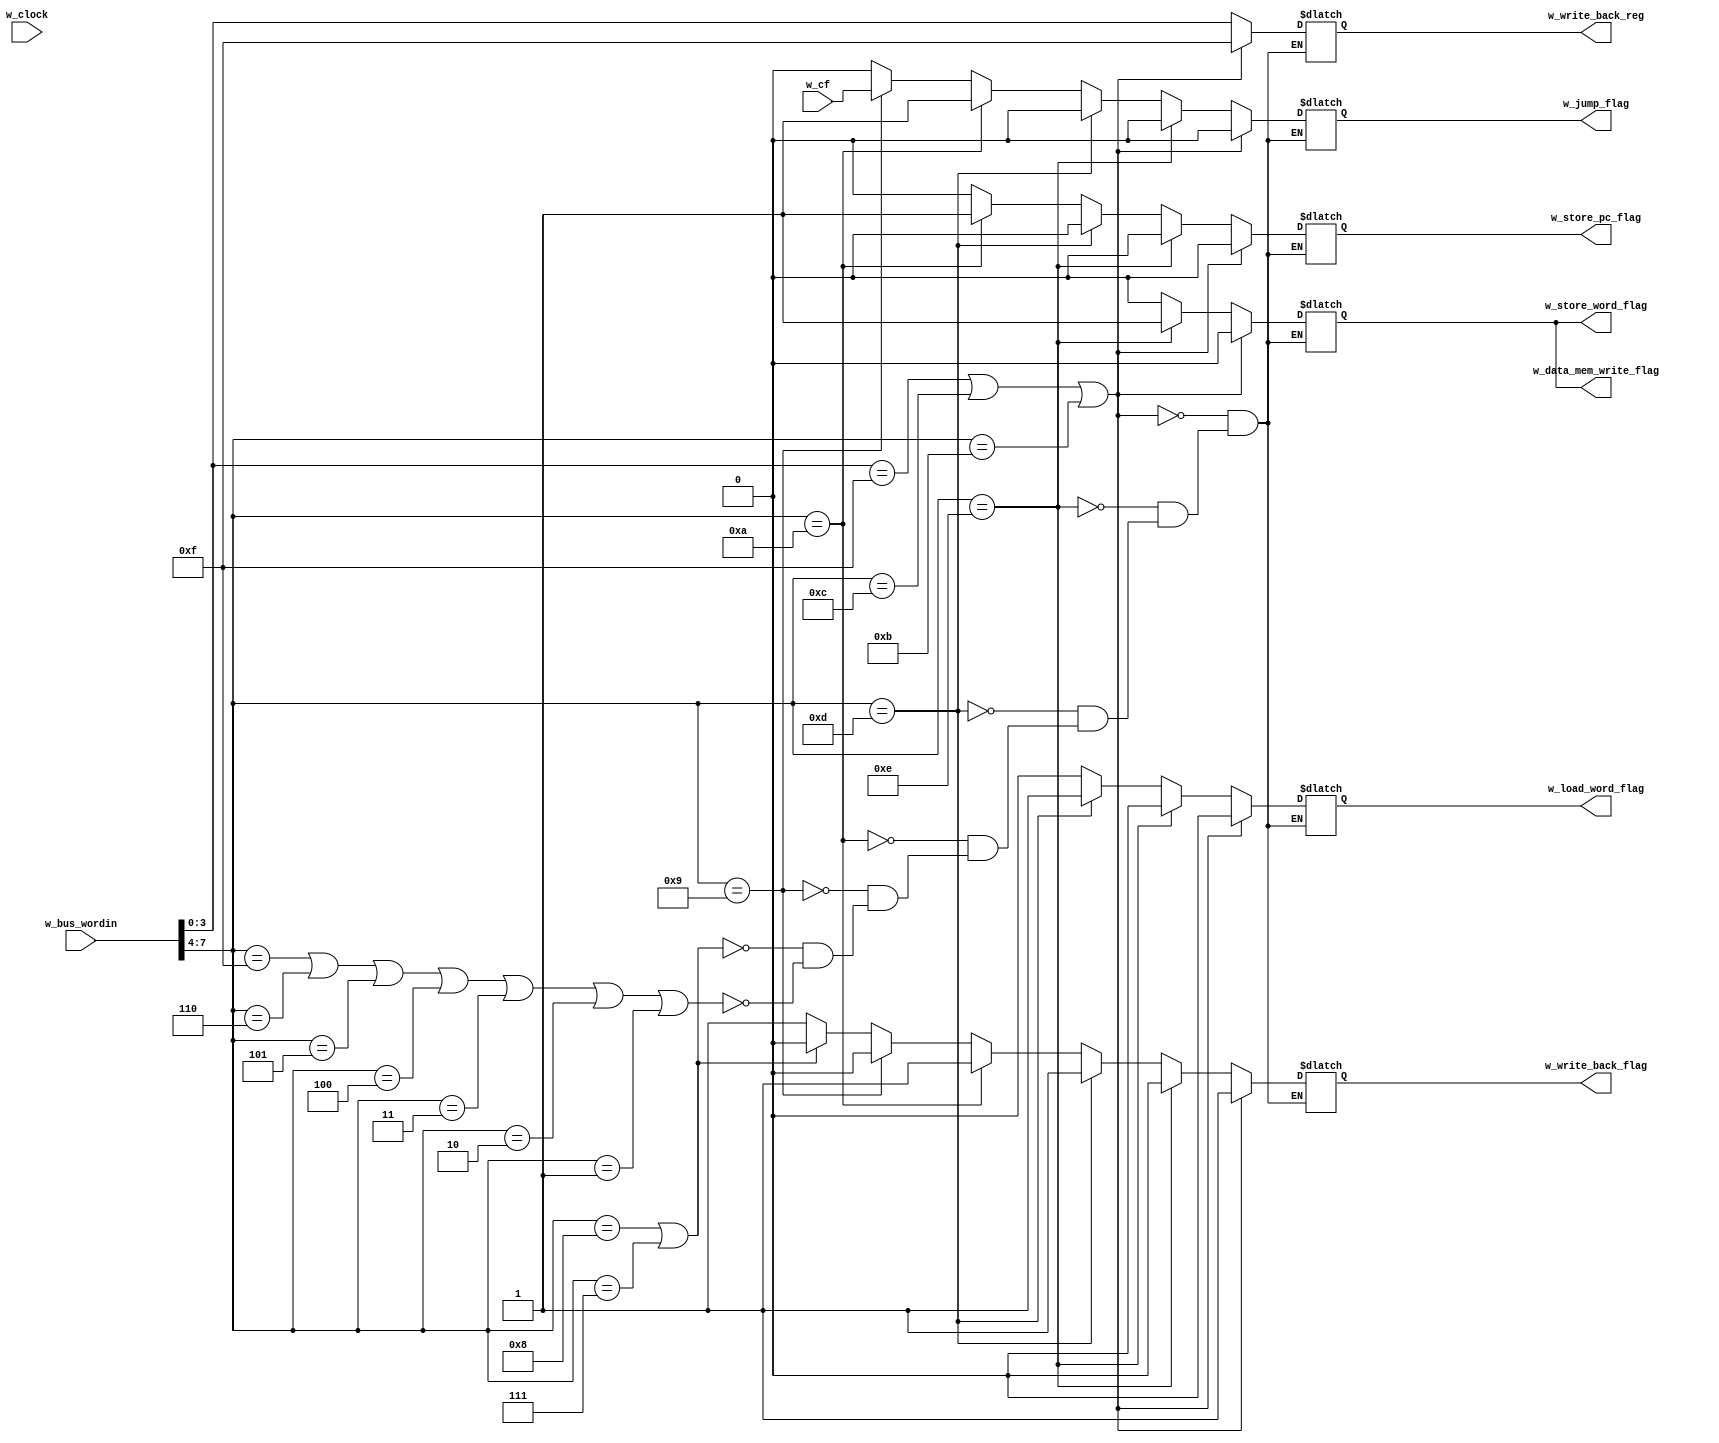
module m_instruction_logic_unit (w_jump_flag, w_data_mem_write_flag, w_store_word_flag, w_store_pc_flag, w_load_word_flag, w_write_back_flag, w_write_back_reg, w_bus_wordin, w_cf, w_clock);
	output w_jump_flag, w_data_mem_write_flag, w_store_word_flag, w_store_pc_flag, w_load_word_flag, w_write_back_flag;
	output [3:0]  w_write_back_reg;
	input w_cf, w_clock;
	input [7:0] w_bus_wordin;
	reg r_jump_flag, r_data_mem_write_flag, r_store_word_flag, r_store_pc_flag, r_load_word_flag, r_write_back_flag;
	reg [3:0] r_write_back_reg;


	assign w_jump_flag = r_jump_flag;
	assign w_data_mem_write_flag = r_data_mem_write_flag;
	assign w_store_word_flag = r_store_word_flag;
	assign w_store_pc_flag = r_store_pc_flag;
	assign w_load_word_flag = r_load_word_flag;
	assign w_write_back_flag = r_write_back_flag;
	assign w_write_back_reg[3:0] = r_write_back_reg[3:0];


	initial begin
		// set all flags and write back register to 0
		r_jump_flag <= 0;
		r_data_mem_write_flag <= 0;
		r_store_word_flag <= 0;
		r_store_pc_flag <= 0;
		r_load_word_flag <= 0;
		r_write_back_flag <= 0;
		r_write_back_reg[3:0] <= 4'b0000;
	end

	always @ (w_clock, w_cf, w_bus_wordin) begin
		// parse instructions and set appropriate flags
		if (w_bus_wordin[3:0] == 4'b1111 | w_bus_wordin[7:4] == 4'b1100 | w_bus_wordin[7:4] == 4'b1011) begin
			// store MOV register instruction
			// or load high immediate instruction
			// or load low immediate instruction
			r_jump_flag <= 0;
			r_data_mem_write_flag <= 0;
			r_store_word_flag <= 0;
			r_store_pc_flag <= 0;
			r_load_word_flag <= 0;
			r_write_back_flag <= 1;
			r_write_back_reg[3:0] <= 4'b1111;
		end
		else if (w_bus_wordin[7:4] == 4'b1110) begin
			// store w_bus_wordin (register to memory)
			r_jump_flag <= 0;
			r_data_mem_write_flag <= 1;
			r_store_word_flag <= 1;
			r_store_pc_flag <= 0;
			r_load_word_flag <= 0;
			r_write_back_flag <= 0;
			r_write_back_reg[3:0] <= w_bus_wordin[3:0];
		end
		else if (w_bus_wordin[7:4] == 4'b1101) begin
			// load w_bus_wordin (memory to register)
			r_jump_flag <= 0;
			r_data_mem_write_flag <= 0;
			r_store_word_flag <= 0;
			r_store_pc_flag <= 0;
			r_load_word_flag <= 1;
			r_write_back_flag <= 1;
			r_write_back_reg[3:0] <= w_bus_wordin[3:0];
		end
		else if (w_bus_wordin[7:4] == 4'b1010) begin
			// jump and link instruction
			r_jump_flag <= 1;
			r_data_mem_write_flag <= 0;
			r_store_word_flag <= 0;
			r_store_pc_flag <= 1;
			r_load_word_flag <= 0;
			r_write_back_flag <= 1;
			r_write_back_reg[3:0] <= w_bus_wordin[3:0];
		end
		else if (w_bus_wordin[7:4] == 4'b1001) begin
			// branch on flag set instruction
			r_jump_flag <= w_cf;
			r_data_mem_write_flag <= 0;
			r_store_word_flag <= 0;
			r_store_pc_flag <= 0;
			r_load_word_flag <= 0;
			r_write_back_flag <= 0;
			r_write_back_reg[3:0] <= w_bus_wordin[3:0];
		end
		else if (w_bus_wordin[7:4] == 4'b1000 | w_bus_wordin[7:4] == 4'b0111) begin
			// set on greater than instruction
			r_jump_flag <= 0;
			r_data_mem_write_flag <= 0;
			r_store_word_flag <= 0;
			r_store_pc_flag <= 0;
			r_load_word_flag <= 0;
			r_write_back_flag <= 0;
			r_write_back_reg[3:0] <= w_bus_wordin[3:0];
		end
		else if (w_bus_wordin[7:4] == 4'b1111 | w_bus_wordin[7:4] == 4'b0110 | w_bus_wordin[7:4] == 4'b0101 | w_bus_wordin[7:4] == 4'b0100 | w_bus_wordin[7:4] == 4'b0011 | w_bus_wordin[7:4] == 4'b0010 | w_bus_wordin[7:4] == 4'b0001) begin
			// load $mov register instruction
			// or basic arithmetic instructions
			r_jump_flag <= 0;
			r_data_mem_write_flag <= 0;
			r_store_word_flag <= 0;
			r_store_pc_flag <= 0;
			r_load_word_flag <= 0;
			r_write_back_flag <= 1;
			r_write_back_reg[3:0] <= w_bus_wordin[3:0];
		end
	end
endmodule